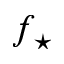
f _ { \star }